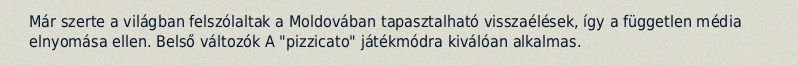
Már szerte a világban felszólaltak a Moldovában tapasztalható visszaélések, így a független média elnyomása ellen. Belső változók A "pizzicato" játékmódra kiválóan alkalmas.